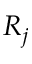
R _ { j }